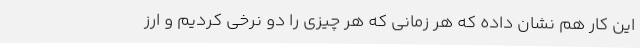
این کار هم نشان داده که هر زمانی که هر چیزی را دو نرخی کردیم و ارز